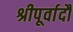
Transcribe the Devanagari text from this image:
श्रीपूर्वादौ